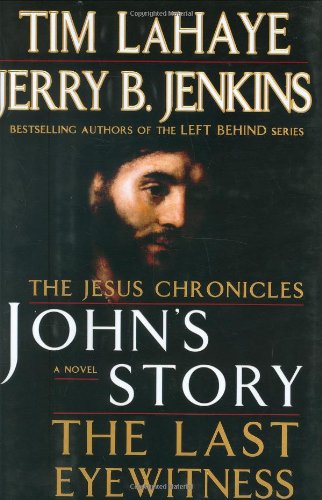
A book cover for John's Story: The Last Eyewitness (The Jesus Chronicles, Book 1); Tim LaHaye; Christian Books & Bibles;